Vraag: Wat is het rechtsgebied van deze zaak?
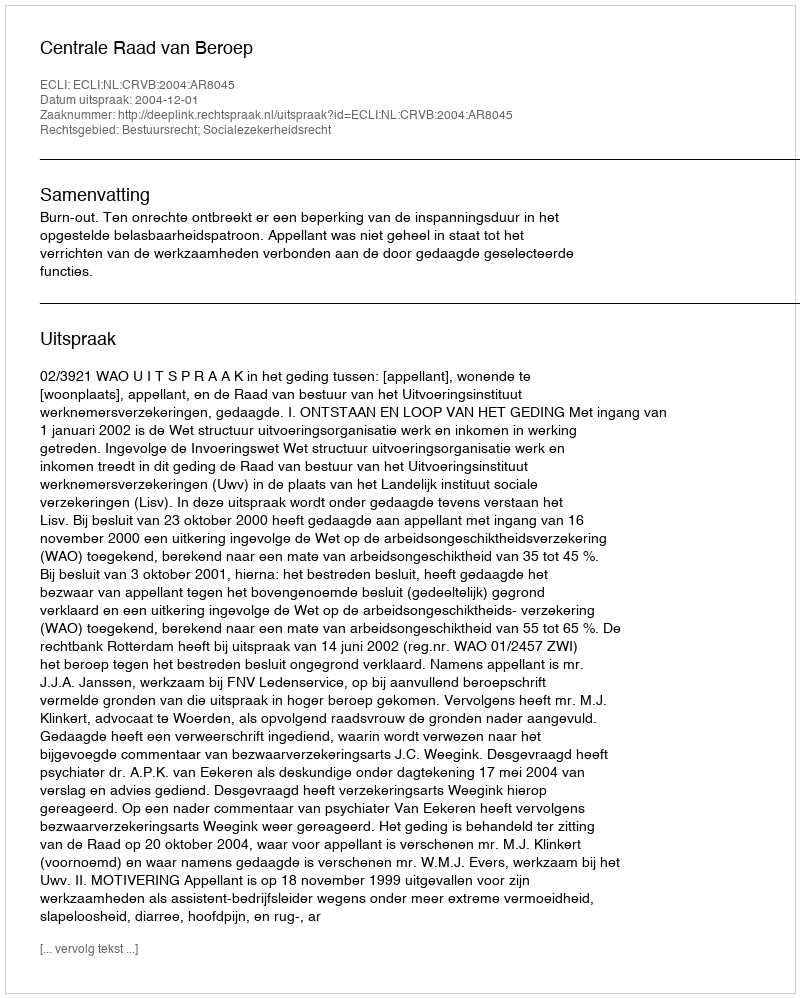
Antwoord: Bestuursrecht; Socialezekerheidsrecht